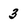
Character: 3